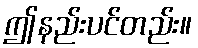
ဤနည်းပင်တည်း။